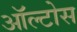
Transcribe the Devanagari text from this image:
ऑल्टोस